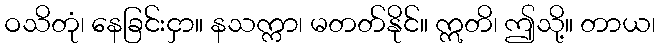
ဝသိတုံ၊ နေခြင်းငှာ။ နသက္ကာ၊ မတတ်နိုင်။ ဣတိ၊ ဤသို့။ တာယ၊